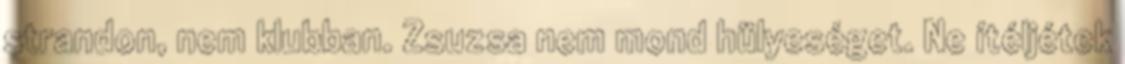
strandon, nem klubban. Zsuzsa nem mond hülyeséget. Ne ítéljétek